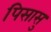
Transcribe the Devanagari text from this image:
पिसासु